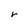
Character: r